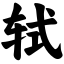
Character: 轼